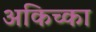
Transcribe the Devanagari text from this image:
अकिच्का